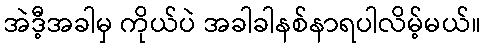
အဲဒီ့အခါမှ ကိုယ်ပဲ အခါခါနစ်နာရပါလိမ့်မယ်။